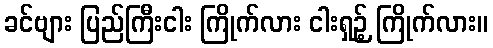
ခင်ဗျား ပြည်ကြီးငါး ကြိုက်လား ငါးရှဉ့် ကြိုက်လား။